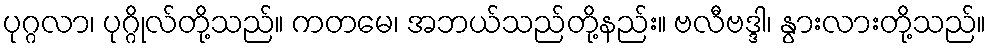
ပုဂ္ဂလာ၊ ပုဂ္ဂိုလ်တို့သည်။ ကတမေ၊ အဘယ်သည်တို့နည်း။ ဗလီဗဒ္ဒါ၊ နွားလားတို့သည်။